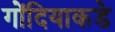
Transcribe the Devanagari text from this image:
गोंदियाकडे